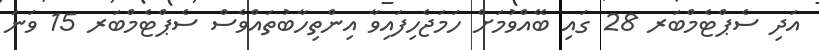
އަދި ސެޕްޓެމްބަރ 28 ގައި ބޭއްވުމަށް ހަމަޖެހިފައިވާ އިންތިހާބުތައްވެސް ސެޕްޓެމްބަރ 15 ވަނަ